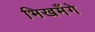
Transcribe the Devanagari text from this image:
भिखमँगे